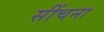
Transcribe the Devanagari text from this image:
सींचना